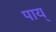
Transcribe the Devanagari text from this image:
पाय्